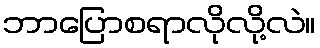
ဘာပြောစရာလိုလို့လဲ။